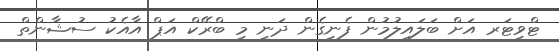
ޓްވިޓަރ އަށް ބަލައިލުމުން ފެނިގެން ދަނީ މި ބްރޭކް އަޕް އާއެކު ސުޝާންތް